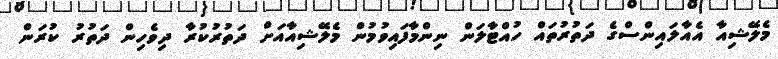
މެލޭޝިއާ އެއާލައިންސްގެ ދަތުރުތައް ހުއްޓާލަން ނިންމާފައިވުމުން މެލޭޝިއާއަށް ދަތުރުކުރާ ދިވެހިން ދަތުރު ކުރަން